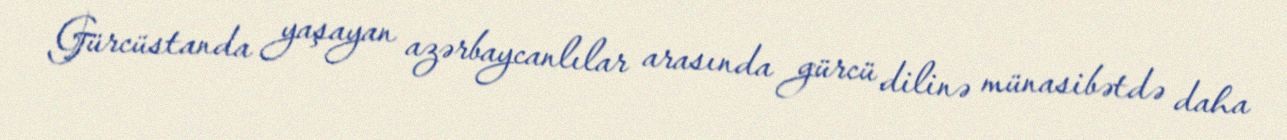
Gürcüstanda yaşayan azərbaycanlılar arasında gürcü dilinə münasibətdə daha